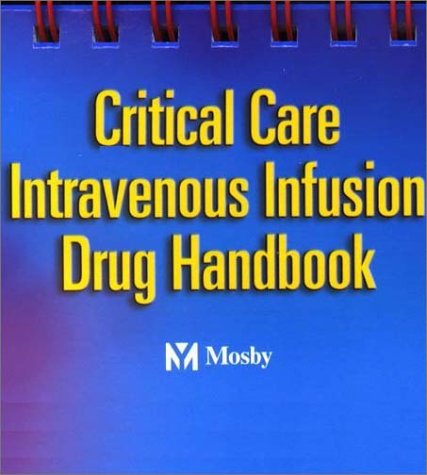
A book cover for Critical Care Intravenous Infusion Drug Handbook, 1e; Gary J. Algozzine PharmD  BCNSP; Medical Books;